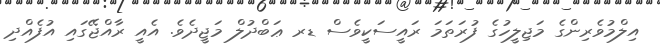
އިލްމުވެރިންގެ މަޖިލީހުގެ ފުރަތަމަ ރައީސަކީވެސް ޑރ ޢަބްދުލް މަޖީދެވެ. އެއީ ރާއްޖޭގައި އުފެއްދި